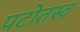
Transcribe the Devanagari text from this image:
पटोतस्व